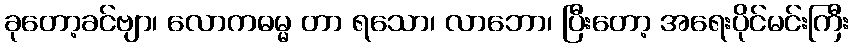
ခုတော့ခင်ဗျာ၊ လောကဓမ္မ တာ ရသော၊ လာဘော၊ ပြီးတော့ အရေးပိုင်မင်းကြီး